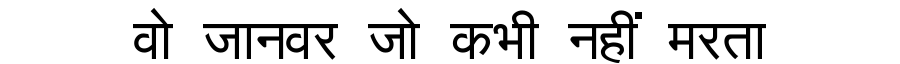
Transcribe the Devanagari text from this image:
वो जानवर जो कभी नहीं मरता